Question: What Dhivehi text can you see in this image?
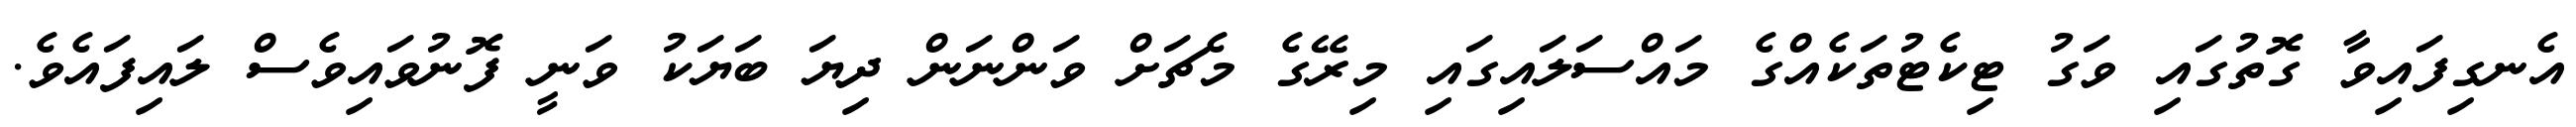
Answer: އެނގިފައިވާ ގޮތުގައި ވަގު ޓިކެޓުތަކެއްގެ މައްސަލައިގައި މިރޭގެ މެޗަށް ވަންނަން ދިޔަ ބަޔަކު ވަނީ ފޮނުވައިވެސް ލައިފައެވެ.